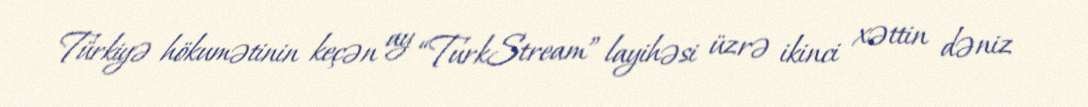
Türkiyə hökumətinin keçən ay “TurkStream” layihəsi üzrə ikinci xəttin dəniz